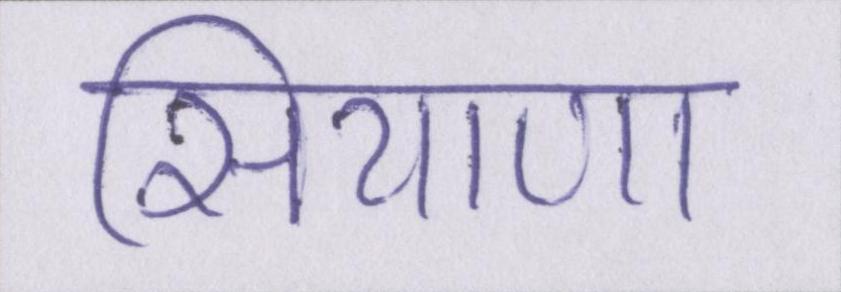
सियाणा